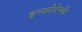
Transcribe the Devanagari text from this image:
इन्फोटेन्मेंट